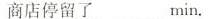
商店停留了___min.